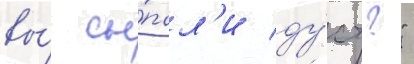
вы́ сы́пал'и ду́ст?"